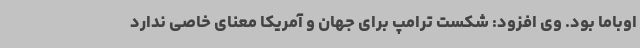
اوباما بود. وی افزود: شکست ترامپ برای جهان و آمریکا معنای خاصی ندارد